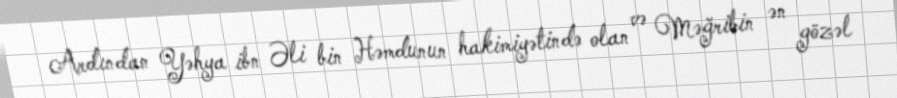
Ardından Yəhya ibn Əli bin Həmdunun hakimiyətində olan və Məğribin ən gözəl